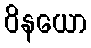
ဝိနယော